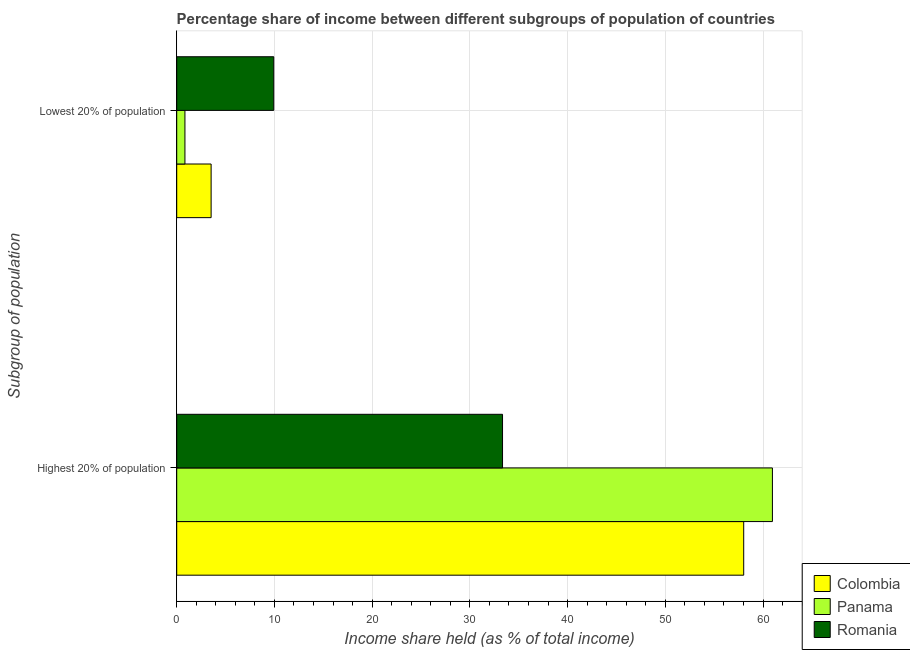
| Subgroup of population | Colombia | Panama | Romania |
 | --- | --- | --- | --- |
 | Highest 20% of population | 58 | 61 | 33.3 |
 | Lowest 20% of population | 3.52 | 0.84 | 9.93 |